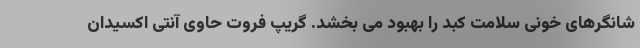
شانگرهای خونی سلامت کبد را بهبود می بخشد. گریپ فروت حاوی آنتی اکسیدان